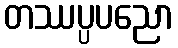
တဿပ္ပပညော